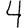
Digit: 4